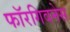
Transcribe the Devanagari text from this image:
फॉरगिवनेस